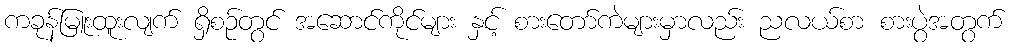
ကခုန်မြူးထူးလျက် ရှိစဉ်တွင် အဆောင်ကိုင်များ နှင့် စားတော်ကဲများမှာလည်း ညလယ်စာ စားပွဲအတွက်